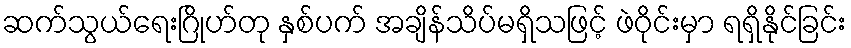
ဆက်သွယ်ရေးဂြိုဟ်တု နှစ်ပက် အချိန်သိပ်မရှိသဖြင့် ဖဲဝိုင်းမှာ ရရှိနိုင်ခြင်း